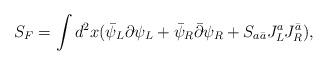
LaTeX: \begin{align*}S_F=\int d^2x(\bar\psi_L\partial\psi_L +\bar\psi_R\bar\partial\psi_R+S_{a\bar a}J^a_LJ^{\bar a}_R),\end{align*}